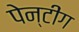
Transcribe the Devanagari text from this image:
पेन्टींग